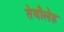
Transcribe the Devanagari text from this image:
तेबौलेह